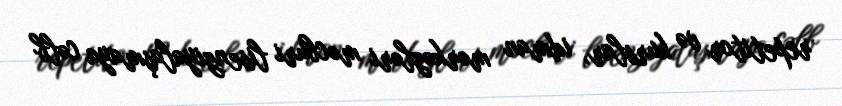
repetitor və kurslar, idman mərkəzləri məcburi lisenziyalaşmaya cəlb